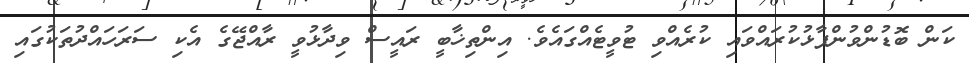
ކަން ބޮޑުންވުންފާޅުކުރައްވައި ކުރެއްވި ޓުވީޓެއްގައެވެ. އިންތިޚާބީ ރައީސް ވިދާޅުވީ ރާއްޖޭގެ އެކި ސަރަހައްދުތަކުގައި